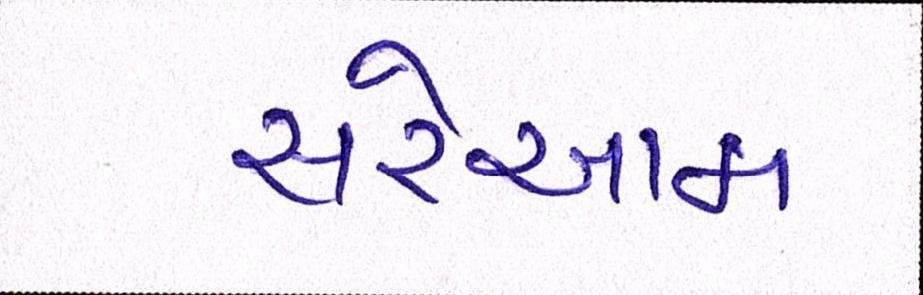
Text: સરેઆમ